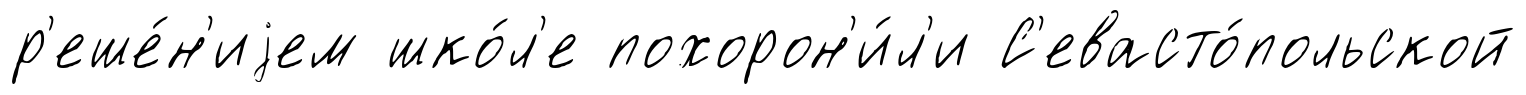
р'еше́н'иjем шко́л'е похорон'и́л'и С'евасто́польской